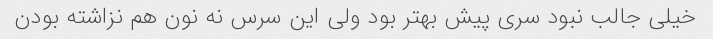
خیلی جالب نبود سری پیش بهتر بود ولی این سرس نه نون هم نزاشته بودن